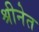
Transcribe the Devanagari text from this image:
श्रीनेत